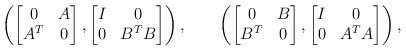
LaTeX: \begin{align*}\left(\begin{bmatrix}0&A\\A^T&0\end{bmatrix},\begin{bmatrix}I&0\\0&B^TB\end{bmatrix}\right),\qquad\left(\begin{bmatrix}0&B\\B^T&0\end{bmatrix},\begin{bmatrix}I&0\\0&A^TA\end{bmatrix}\right),\end{align*}